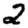
Digit: 2